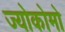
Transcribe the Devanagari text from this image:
ज्योकोमो